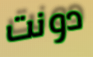
دونت